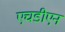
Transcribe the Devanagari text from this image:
एचडीएन